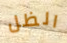
الظل